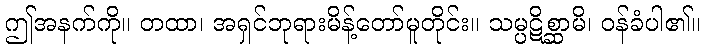
ဤအနက်ကို။ တထာ၊ အရှင်ဘုရားမိန့်တော်မူတိုင်း။ သမ္ပဋိစ္ဆာမိ၊ ဝန်ခံပါ၏။